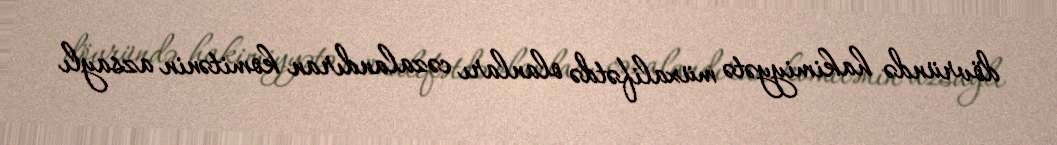
dövründə hakimiyyətə müxalifətdə olanları cəzalandıran komitənin azsaylı